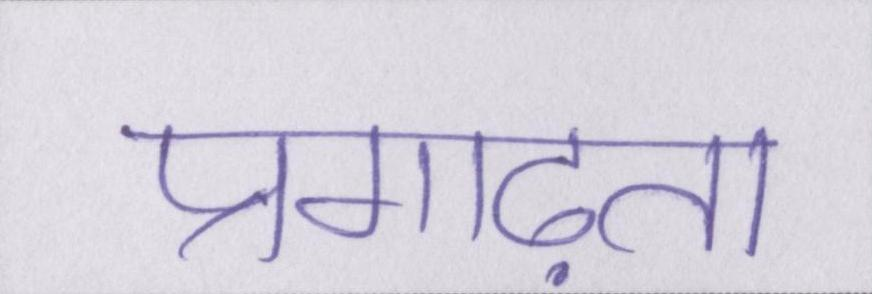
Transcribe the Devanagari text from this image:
प्रगाढ़ता